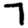
Digit: 7